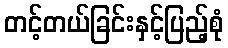
တင့်တယ်ခြင်းနှင့်ပြည့်စုံ